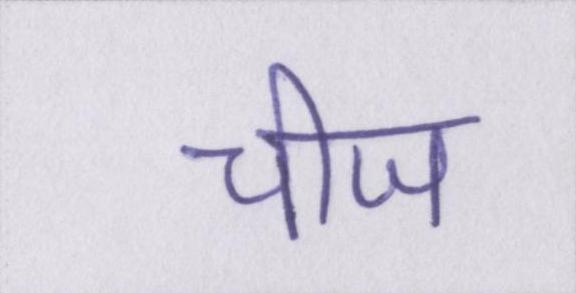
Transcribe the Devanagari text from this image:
चीज